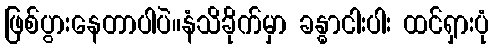
ဖြစ်ပွားနေတာပါပဲ။နံသိခိုက်မှာ ခန္ဓာငါးပါး ထင်ရှားပုံ